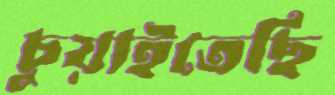
চুয়াইতেছি